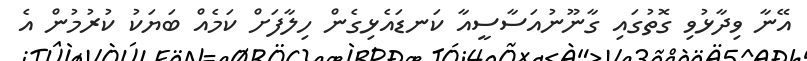
އޭނާ ވިދާޅުވި ގޮތުގައި ގާނޫނުއަސާސީއާ ކަނޑައެޅިގެން ހިލާފަށް ކަމެއް ބަޔަކު ކުރުމުން އެ